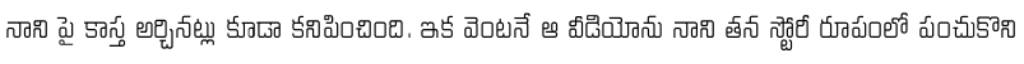
నాని పై కాస్త అర్చినట్లు కూడా కనిపించింది. ఇక వెంటనే ఆ వీడియోను నాని తన స్టోరీ రూపంలో పంచుకొని